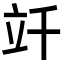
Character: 竏